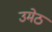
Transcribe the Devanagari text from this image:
उमेठ